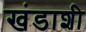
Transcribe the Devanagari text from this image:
खंडाशी